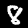
Digit: 8